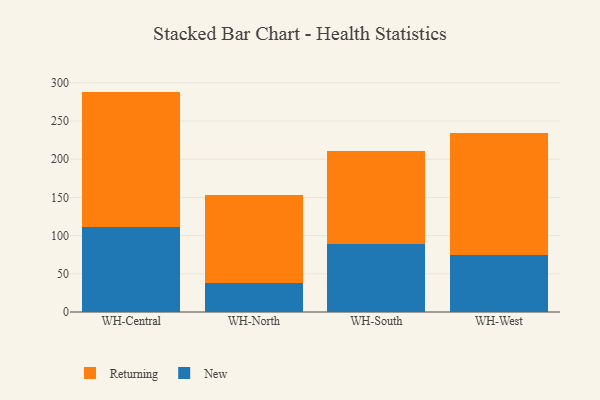
{"axis": {"x": "Warehouse", "y": "Customer Acquisition Cost (USD)"}, "legend": ["New", "Returning"], "data": [{"x": "WH-Central", "y": 111.3, "type": "New"}, {"x": "WH-Central", "y": 177.2, "type": "Returning"}, {"x": "WH-North", "y": 38.1, "type": "New"}, {"x": "WH-North", "y": 115.1, "type": "Returning"}, {"x": "WH-South", "y": 88.6, "type": "New"}, {"x": "WH-South", "y": 121.8, "type": "Returning"}, {"x": "WH-West", "y": 74.9, "type": "New"}, {"x": "WH-West", "y": 159.3, "type": "Returning"}]}